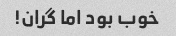
خوب بود اما گران!